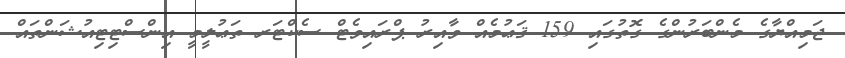
ޖަމިއްޔާގެ މެންބަރުންގެ ގޮތުގައި 159 ޤަޢުމެއް ވާއިރު ޕްރައިވެޓް ސެކްޓަރ ތަޢުލީމީ އިންސްޓިޓިއުޝަންތައް